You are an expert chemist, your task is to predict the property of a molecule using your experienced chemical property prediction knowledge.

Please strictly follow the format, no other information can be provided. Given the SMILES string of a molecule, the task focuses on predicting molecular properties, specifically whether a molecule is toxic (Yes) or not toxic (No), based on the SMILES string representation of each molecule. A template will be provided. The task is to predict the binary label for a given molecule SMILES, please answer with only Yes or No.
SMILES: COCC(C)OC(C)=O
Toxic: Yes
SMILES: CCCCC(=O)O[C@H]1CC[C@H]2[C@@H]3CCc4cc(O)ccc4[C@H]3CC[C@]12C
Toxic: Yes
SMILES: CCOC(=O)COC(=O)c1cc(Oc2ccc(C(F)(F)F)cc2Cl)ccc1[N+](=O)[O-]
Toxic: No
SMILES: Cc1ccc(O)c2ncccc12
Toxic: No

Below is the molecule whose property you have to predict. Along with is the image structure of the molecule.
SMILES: CCCCOC(=O)COc1ccc(Cl)cc1Cl
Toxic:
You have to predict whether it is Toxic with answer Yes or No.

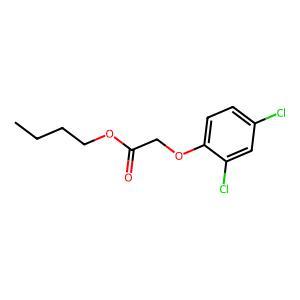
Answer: No